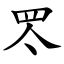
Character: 罖